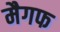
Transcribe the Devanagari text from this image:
मैगफ